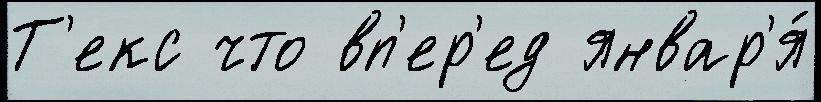
Т'екс что вп'ер'ед январ'я́